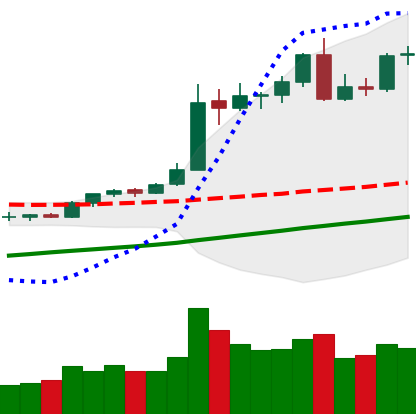
Ticker: BTC-USD
Chart end date: 2020-08-06
Forward return: -3.135%
Label: down_3_5